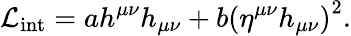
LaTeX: {\mathcal{L}}_{\mathrm{int}}=ah^{\mu\nu}h_{\mu\nu}+b\left(\eta^{\mu\nu}h_{\mu\nu}\right)^{2}.